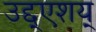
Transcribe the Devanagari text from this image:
उद्द्एशय्